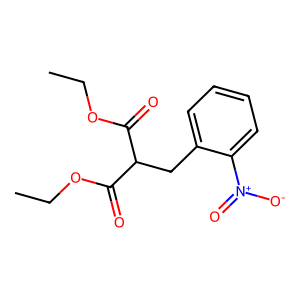
SMILES: CCOC(=O)C(Cc1ccccc1[N+](=O)[O-])C(=O)OCC
Inhibits HIV replication: No